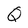
Character: Q